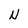
Character: N